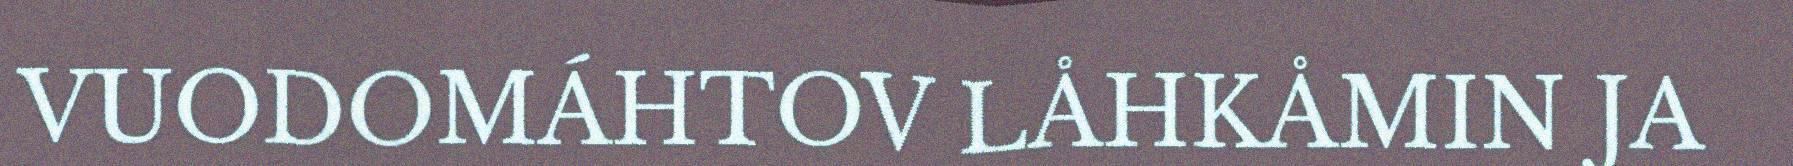
VUODOMÁHTOV LÅHKÅMIN JA